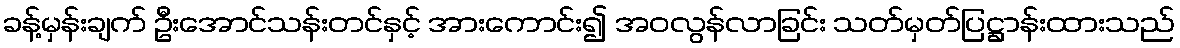
ခန့်မှန်းချက် ဦးအောင်သန်းတင်နှင့် အားကောင်း၍ အဝလွန်လာခြင်း သတ်မှတ်ပြဋ္ဌာန်းထားသည်